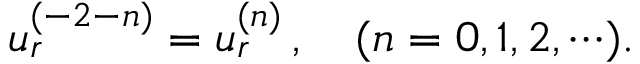
u _ { r } ^ { ( - 2 - n ) } = u _ { r } ^ { ( n ) } \, , \quad ( n = 0 , 1 , 2 , \cdots ) .